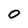
Character: 0